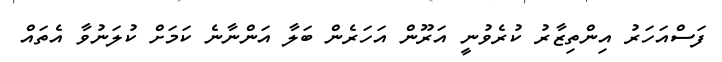
ފަސްއަހަރު އިންތިޒާރު ކުރެވުނީ އަރޫން އަހަރެން ބަލާ އަންނާނެ ކަމަށް ކުލަނުވާ އެތައް